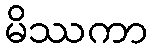
မိဿကာ